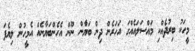
މީހަކު ބިރުދެއްކި މައްސަލައެއްގަ އަހަރެން ދިން ބަޔާްން ނޫން އެހެންބަޔާނެއް އެމީހުން ލިޔެފަ